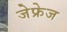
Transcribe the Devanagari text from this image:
जेफ्रेज